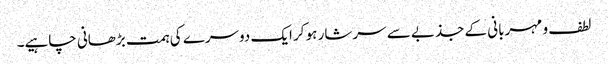
لطف و مہربانی کے جذبے سے سرشار ہو کر ایک دوسرے کی ہمت بڑھانی چاہیے۔